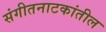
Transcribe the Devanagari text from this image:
संगीतनाटकांतील